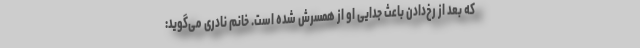
که بعد از رخ‌دادن باعث جدایی او از همسرش شده است. خانم نادری می‌گوید: